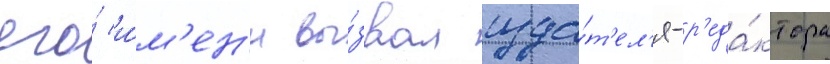
его́ и́м'ен'и вы́звал изда́т'ел'я-р'еда́ктора